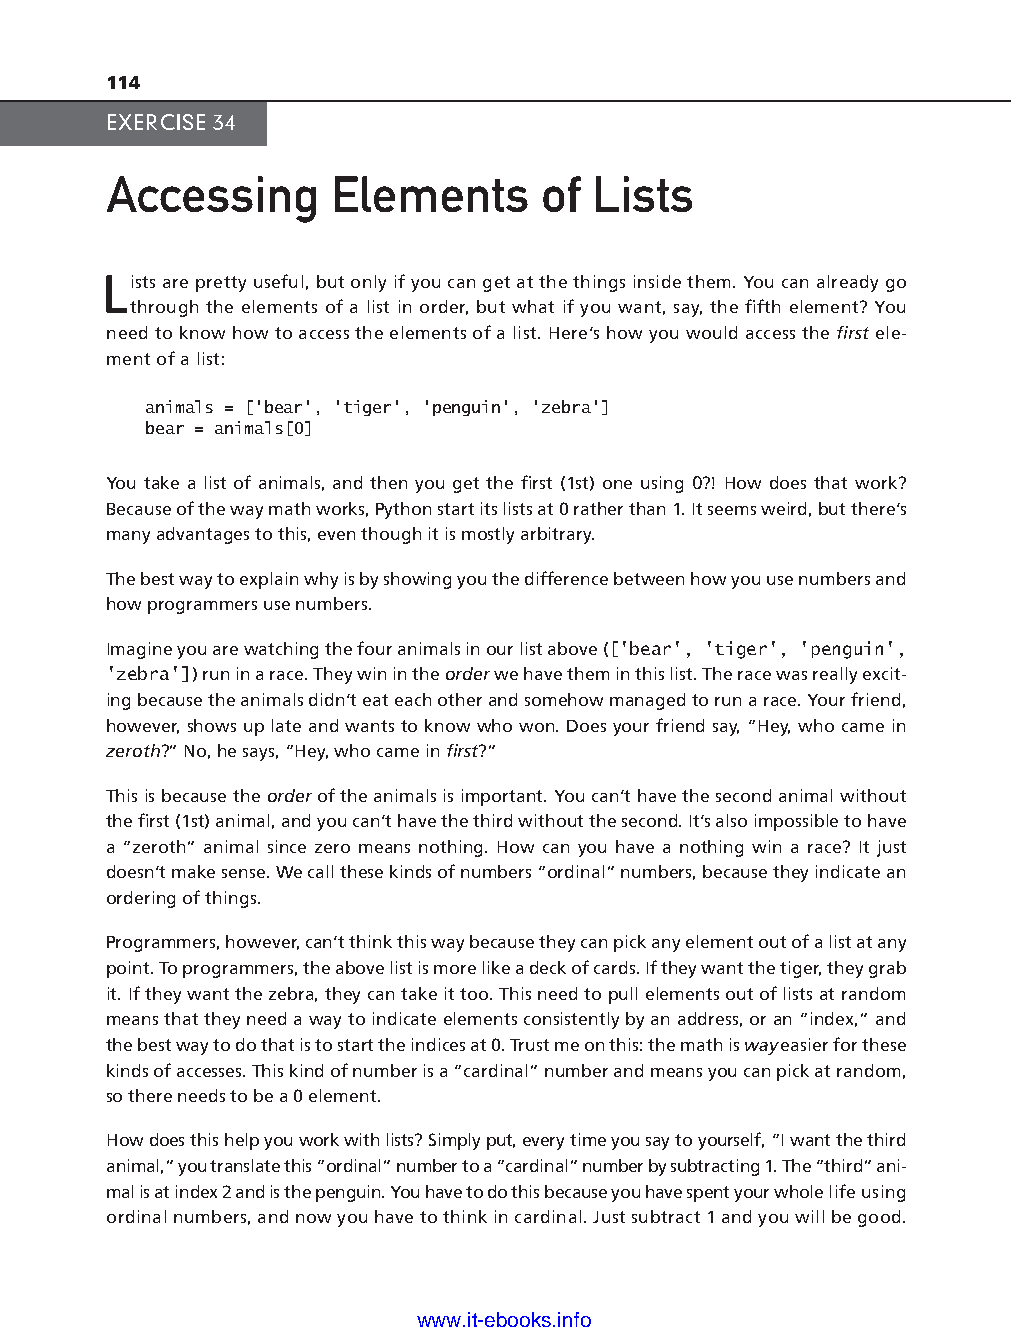
114
 EXERCISE 34
 Accessing      Elements      of Lists
 Lists are pretty useful, but only if you can get at the things inside them. You can already go
 through the elements of a list in order, but what if you want, say, the fi fth element? You
 need to know how to access the elements of a list. Here’s how you would access the fi rst ele-
 ment of a list:
 animals = ['bear', 'tiger', 'penguin', 'zebra']
 bear = animals[0]
 You take a list of animals, and then you get the fi rst (1st) one using 0?! How does that work?
 Because of the way math works, Python start its lists at 0 rather than 1. It seems weird, but there’s
 many advantages to this, even though it is mostly arbitrary.
 The best way to explain why is by showing you the difference between how you use numbers and
 how programmers use numbers.
 Imagine you are watching the four animals in our list above (['bear', 'tiger', 'penguin',
 'zebra']) run in a race. They win in the order we have them in this list. The race was really excit- ptg11539604
 ing because the animals didn’t eat each other and somehow managed to run a race. Your friend,
 however, shows up late and wants to know who won. Does your friend say, “Hey, who came in
 zeroth?” No, he says, “Hey, who came in fi rst?”
 This is because the order of the animals is important. You can’t have the second animal without
 the fi rst (1st) animal, and you can’t have the third without the second. It’s also impossible to have
 a “zeroth” animal since zero means nothing. How can you have a nothing win a race? It just
 doesn’t make sense. We call these kinds of numbers “ordinal” numbers, because they indicate an
 ordering of things.
 Programmers, however, can’t think this way because they can pick any element out of a list at any
 point. To programmers, the above list is more like a deck of cards. If they want the tiger, they grab
 it. If they want the zebra, they can take it too. This need to pull elements out of lists at random
 means that they need a way to indicate elements consistently by an address, or an “index,” and
 the best way to do that is to start the indices at 0. Trust me on this: the math is way easier for these
 kinds of accesses. This kind of number is a “cardinal” number and means you can pick at random,
 so there needs to be a 0 element.
 How does this help you work with lists? Simply put, every time you say to yourself, “I want the third
 animal,” you translate this “ordinal” number to a “cardinal” number by subtracting 1. The “third” ani-
 mal is at index 2 and is the penguin. You have to do this because you have spent your whole life using
 ordinal numbers, and now you have to think in cardinal. Just subtract 1 and you will be good.
 www.it-ebooks.info